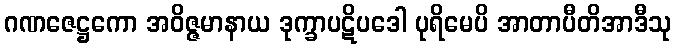
ဂဏဇေဋ္ဌကော အဝိဇ္ဇမာနာယ ဒုက္ခာပဋိပဒေါ ပုရိမေပိ အာတာပီတိအာဒီသု